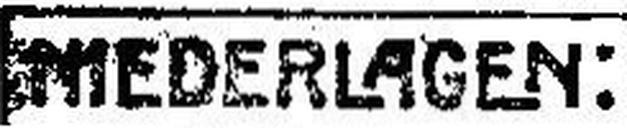
NIEDERLAGEN: